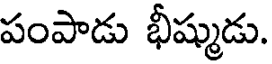
పంపాడు భీష్ముడు.